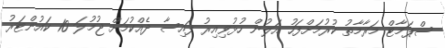
ސްޕަމާޓް މަރާމާތު ކުރުމަށްފަހު އަލުން ހުޅުވިއިރު ފައިސާ ދެއްކުމަށް ޖުމުލަ 10 ކައުންޓަރު